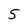
Character: S